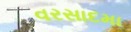
વરસાદમા